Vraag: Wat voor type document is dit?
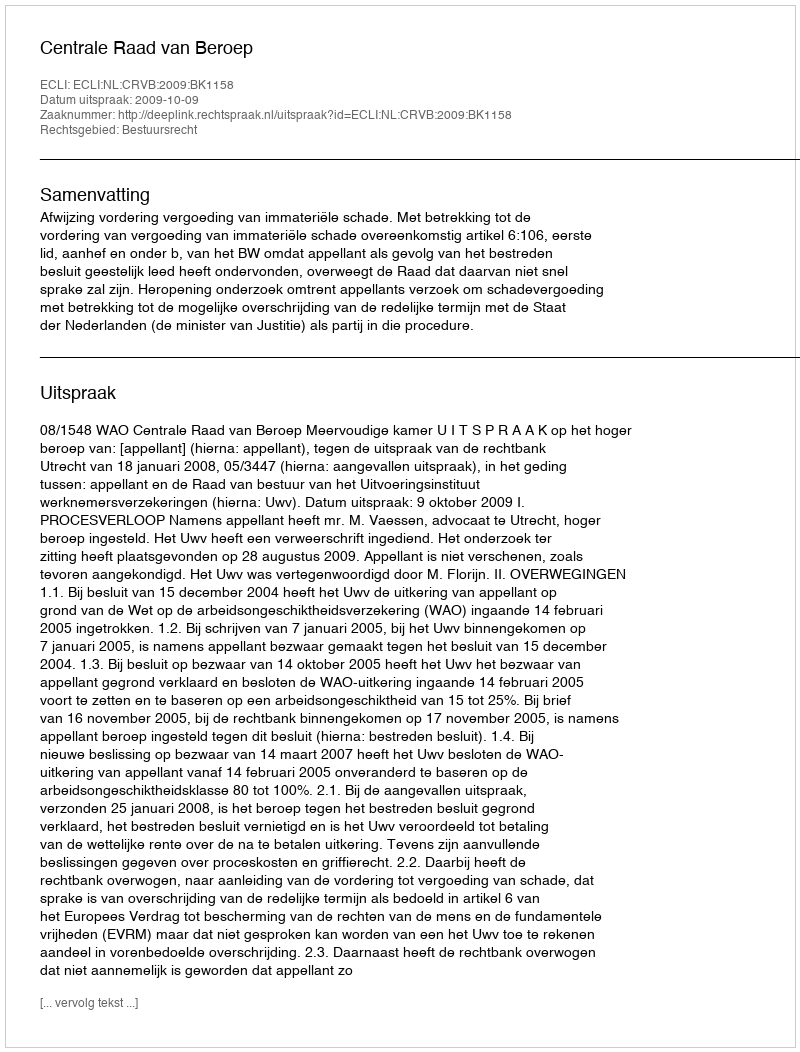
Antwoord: Uitspraak